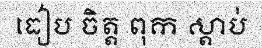
ធៀប ចិត្ត ពុក ស្តាប់